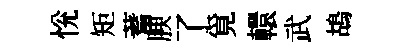
恱矩蓍腴了覓轘武鴣